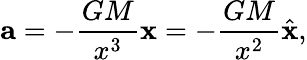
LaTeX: \mathbf{a}=-{\frac{GM}{x^{3}}}\mathbf{x}=-{\frac{GM}{x^{2}}}{\hat{\mathbf{x}}},